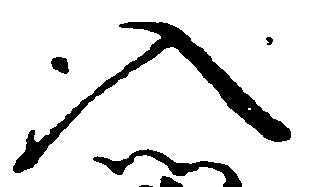
入